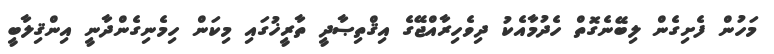
މަހުން ފެށިގެން ލިބޭނެގޮތް ހެދުމާއެކު ދިވެހިރާއްޖޭގެ އިޤްތިޞާދީ ތާރީޚުގައި މިކަން ހިމެނިގެންދާނީ އިންޤިލާބީ